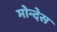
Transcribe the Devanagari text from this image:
मोन्देस